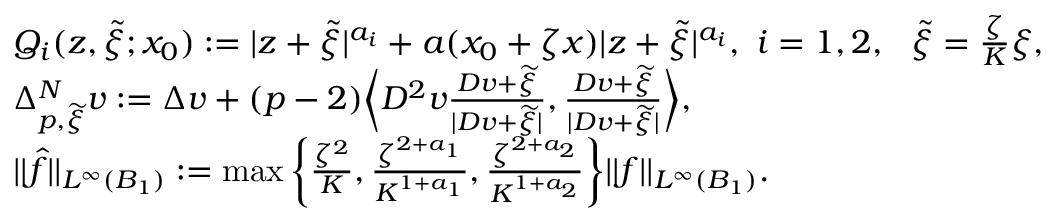
\begin{array} { r l } & { Q _ { i } ( z , \widetilde { \xi } ; x _ { 0 } ) : = | z + \widetilde { \xi } | ^ { a _ { i } } + a ( x _ { 0 } + \zeta x ) | z + \widetilde { \xi } | ^ { a _ { i } } , \ i = 1 , 2 , \ \ \widetilde { \xi } = \frac { \zeta } { K } \xi , } \\ & { \Delta _ { p , \widetilde { \xi } } ^ { N } v : = \Delta v + ( p - 2 ) \bigg \langle D ^ { 2 } v \frac { D v + \widetilde { \xi } } { | D v + \widetilde { \xi } | } , \frac { D v + \widetilde { \xi } } { | D v + \widetilde { \xi } | } \bigg \rangle , } \\ & { | | \widehat { f } | | _ { L ^ { \infty } ( B _ { 1 } ) } : = \operatorname* { m a x } \bigg \{ \frac { \zeta ^ { 2 } } { K } , \frac { \zeta ^ { 2 + a _ { 1 } } } { K ^ { 1 + a _ { 1 } } } , \frac { \zeta ^ { 2 + a _ { 2 } } } { K ^ { 1 + a _ { 2 } } } \bigg \} | | f | | _ { L ^ { \infty } ( B _ { 1 } ) } . } \end{array}